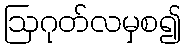
ဩဂုတ်လမှစ၍